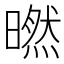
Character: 㬗